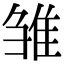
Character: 雏